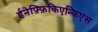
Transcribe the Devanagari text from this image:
ईनेफ़्फ़िकिएन्किएस